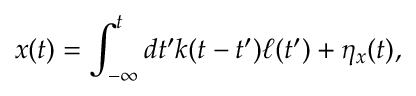
x ( t ) = \int _ { - \infty } ^ { t } d t ^ { \prime } k ( t - t ^ { \prime } ) \ell ( t ^ { \prime } ) + \eta _ { x } ( t ) ,